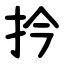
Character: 扲